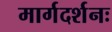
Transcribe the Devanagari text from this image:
मार्गदर्शनः